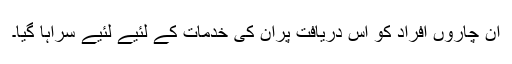
ان چاروں‌ افراد کو اس دریافت پران کی خدمات کے لئیے لئیے سراہا گیا۔